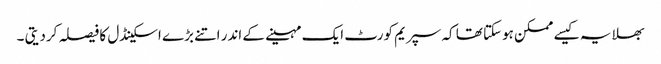
بھلا یہ کیسے ممکن ہوسکتا تھا کہ سپریم کورٹ ایک مہینے کے اندر اتنے بڑے اسکینڈل کا فیصلہ کردیتی ۔